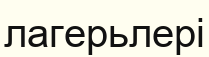
лагерьлері